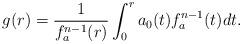
LaTeX: \begin{align*}g(r)=\frac{1}{f_a^{n-1}(r)}\int_0^r a_0(t)f_a^{n-1}(t) dt.\end{align*}